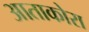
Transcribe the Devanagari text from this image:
आताकोरा